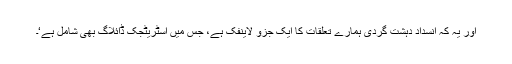
اور یہ کہ انسداد دہشت گردی ہمارے تعلقات کا ایک جُزو لاینفک ہے، جس میں اسٹریٹجک ڈائلاگ بھی شامل ہے‘۔